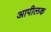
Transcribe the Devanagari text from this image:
आपीलक